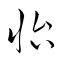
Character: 怡